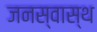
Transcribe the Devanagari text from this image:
जनस्वास्थ